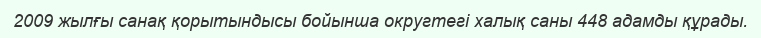
2009 жылғы санақ қорытындысы бойынша округтегі халық саны 448 адамды құрады.